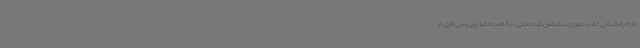
دارد؛ به شکلی که در مواردی مشخص شده حتی در خاصیت ضد ویروسی قوی تر